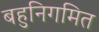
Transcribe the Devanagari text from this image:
बहुनिगमित